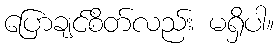
ပြောချင်စိတ်လည်း မရှိပါ။